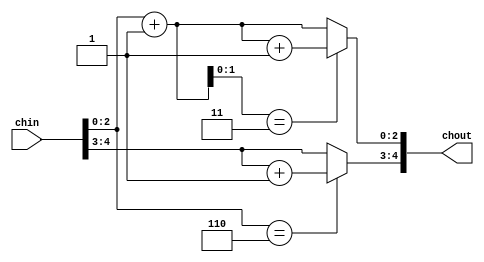
module jt12_sumch
(	
	input		[4:0] chin,
   	output reg 	[4:0] chout
);

parameter num_ch=6;

reg [2:0] aux;

always @(*) begin
	aux = chin[2:0] + 3'd1;
    if( num_ch==6 ) begin
    	chout[2:0] = aux[1:0]==2'b11 ? aux+3'd1 : aux;
    	chout[4:3] = chin[2:0]==3'd6 ? chin[4:3]+2'd1 : chin[4:3]; // next operator
    end else begin // 3 channels
        chout[2:0] = aux[1:0]==2'b11 ? 3'd0 : aux;
        chout[4:3] = chin[2:0]==3'd2 ? chin[4:3]+2'd1 : chin[4:3]; // next operator
    end
end

endmodule